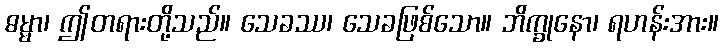
ဓမ္မာ၊ ဤတရားတို့သည်။ သေခဿ၊ သေခဖြစ်သော။ ဘိက္ခုနော၊ ရဟန်းအား။